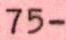
75-